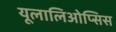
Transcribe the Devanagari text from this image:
यूलालिओप्सिस